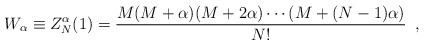
\begin{align*}W_\alpha \equiv Z_{N}^\alpha (1) = \frac{M(M+\alpha)(M+2\alpha)\cdots(M+(N-1)\alpha)}{N!} \,\,\,,\end{align*}